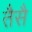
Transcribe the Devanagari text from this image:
तैसै